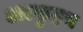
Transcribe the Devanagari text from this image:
अल्कुइन